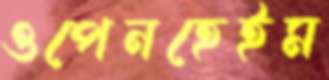
ওপেনহেইম